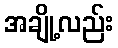
အချို့လည်း